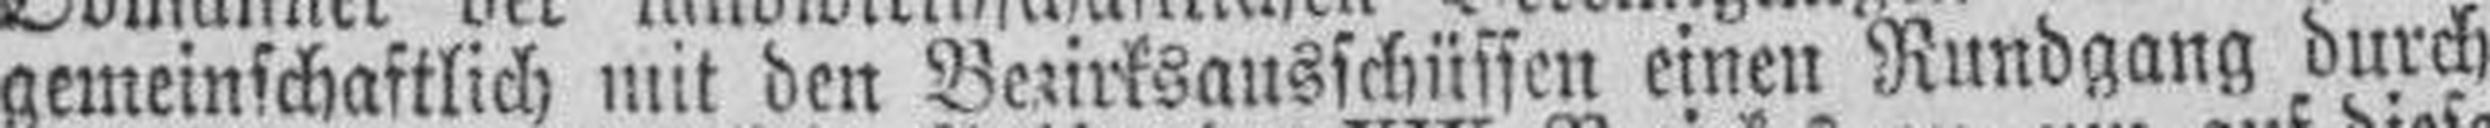
gemeinschaftlich mit den Bezirksausschüssen einen Rundgang durch